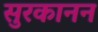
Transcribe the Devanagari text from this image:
सुरकानन